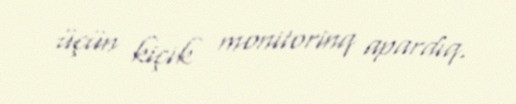
üçün kiçik monitorinq apardıq.